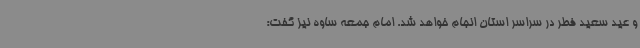
و عید سعید فطر در سراسر استان انجام خواهد شد. امام جمعه ساوه نیز گفت: